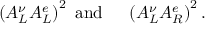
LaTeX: \left( A _ { L } ^ { \nu } A _ { L } ^ { e } \right) ^ { 2 } \mathrm { ~ a n d ~ \thinspace ~ \thinspace ~ } \left( A _ { L } ^ { \nu } A _ { R } ^ { e } \right) ^ { 2 } .